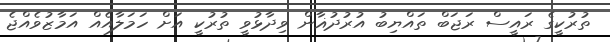
ތުރުކީގެ ރައީސް ރަޖަބް ތައްޔިބު އުުރުދުޣާން ވިދާޅުވީ ތުރުކީ އަށް ހަމަލާއެއް އަމާޒުވެއްޖެ